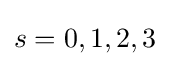
s=0,1,2,3